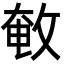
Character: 𢽱